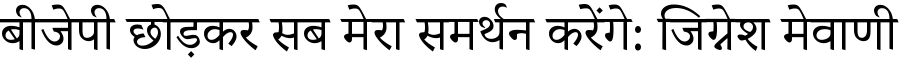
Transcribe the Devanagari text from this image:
बीजेपी छोड़कर सब मेरा समर्थन करेंगे: जिग्नेश मेवाणी